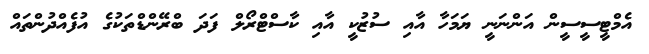
އެމްޓީސީސީން އަންނަނީ ޔަމަހާ އާއި ސުޒުކީ އާއި ކާސްޓްރޯލް ފަދަ ބްރޭންޑްތަކުގެ އުފެއްދުންތައް